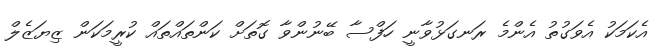
އެކަމަކު އެވަގުތު އެންމެ ރަނގަޅުވާނީ ހަފްސާ ބޭނުންވާ ގޮތަށް ކަންތައްތައް ކުރީމަކަން ޒިޔަޒެލް